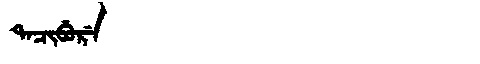
Manchu: ᡨᠠᠴᡳᠪᡠᡵᡝ
Romanization: TACIBURE